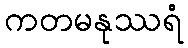
ကတမနုဿရံ